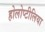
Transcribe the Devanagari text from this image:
होलोप्टीलिया